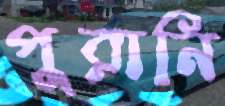
পুরানি